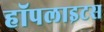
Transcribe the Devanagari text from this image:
हॉपलाइटस